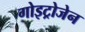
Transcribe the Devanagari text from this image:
गोइट्रोजेन